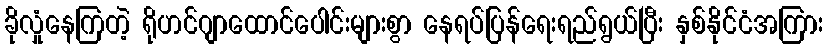
ခိုလှုံနေကြတဲ့ ရိုဟင်ဂျာထောင်ပေါင်းများစွာ နေရပ်ပြန်ရေးရည်ရွယ်ပြီး နှစ်နိုင်ငံအကြား